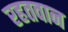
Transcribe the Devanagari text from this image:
रहतवान